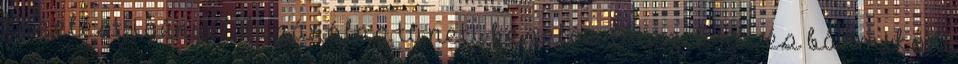
kezelést igényel, kizárólag tüneti kezelés létezik rá, és bármikor